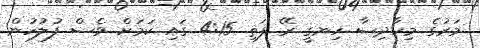
މަރުގެ މިހާދިސާ ހިނގީ ރޭ ފަތި 4:15 ގައި ކަމަށް ވެސް ފުލުހުން